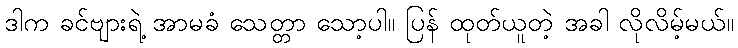
ဒါက ခင်ဗျားရဲ့ အာမခံ သေတ္တာ သော့ပါ။ ပြန် ထုတ်ယူတဲ့ အခါ လိုလိမ့်မယ်။